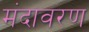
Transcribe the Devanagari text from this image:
मंदावरण